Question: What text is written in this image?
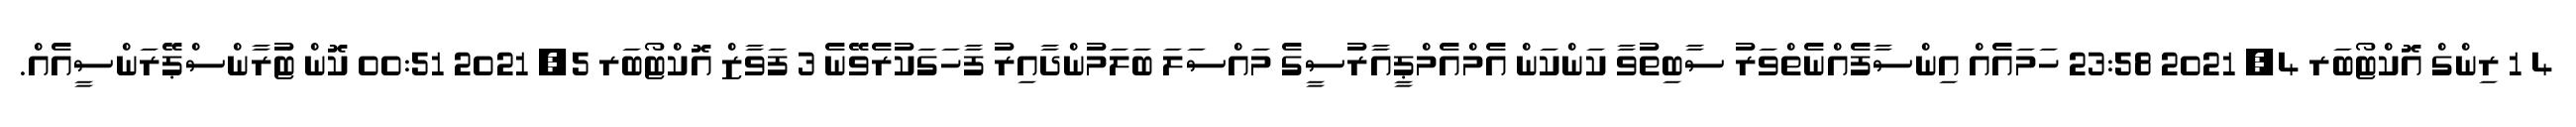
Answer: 4 1 ރިންގް އޮކްޓޯބަރ 4, 2021 23:58 ހަމައެއް އިންސާފެއްނެތްވަރު ސާބިތުވާ ކަންކަން އެމްއެމްޕީއާރުސީގެ މައްސަލަ ބަލަމުންދާއިރު ފާހަގަކުރެވޭނެ 3 ފަވާޒް އޮކްޓޯބަރ 5, 2021 00:51 ކޮން ޓުރާންސްޕޭރަންސީއެއް.